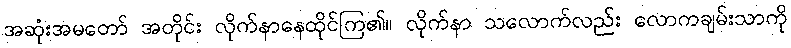
အဆုံးအမတော် အတိုင်း လိုက်နာနေထိုင်ကြ၏။ လိုက်နာ သလောက်လည်း လောကချမ်းသာကို